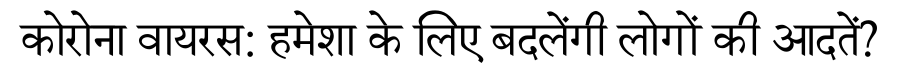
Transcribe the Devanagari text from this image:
कोरोना वायरस: हमेशा के लिए बदलेंगी लोगों की आदतें?